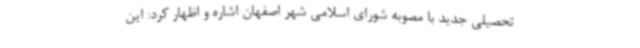
تحصیلی جدید با مصوبه شورای اسلامی شهر اصفهان اشاره و اظهار کرد: این